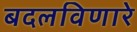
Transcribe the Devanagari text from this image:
बदलविणारे